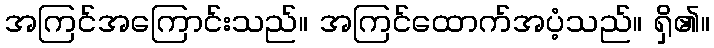
အကြင်အကြောင်းသည်။ အကြင်ထောက်အပံ့သည်။ ရှိ၏။